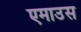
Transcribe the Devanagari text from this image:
एमाउस